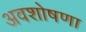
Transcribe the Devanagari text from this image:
अवशोषणा